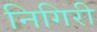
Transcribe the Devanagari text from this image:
निगिरी